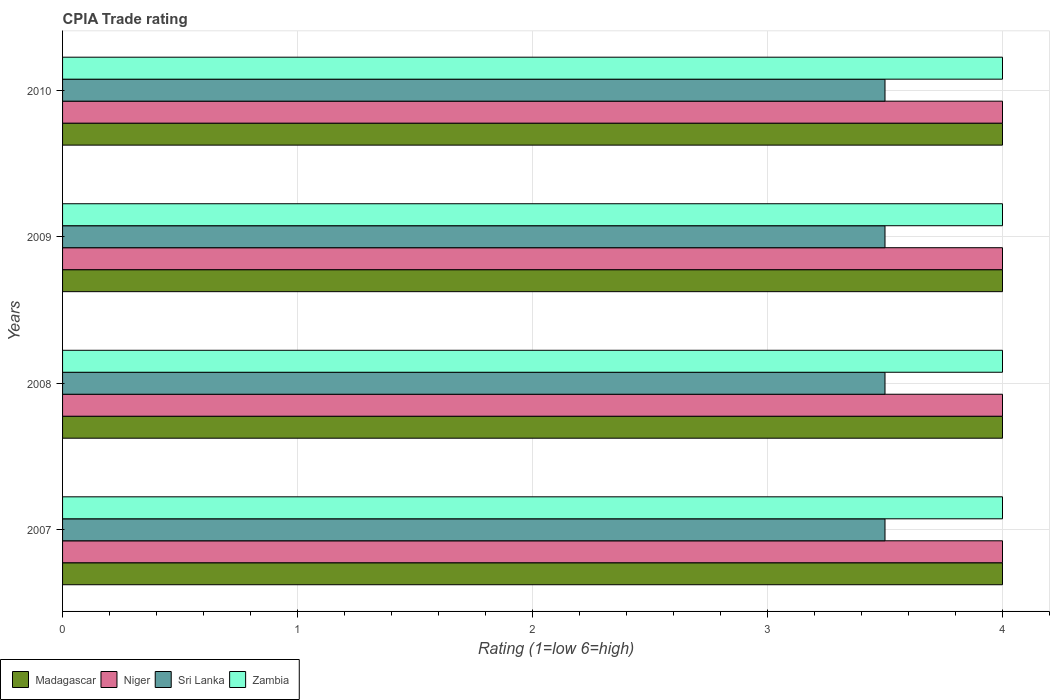
| Years | Madagascar | Niger | Sri Lanka | Zambia |
 | --- | --- | --- | --- | --- |
 | 2007 | 4 | 4 | 3.5 | 4 |
 | 2008 | 4 | 4 | 3.5 | 4 |
 | 2009 | 4 | 4 | 3.5 | 4 |
 | 2010 | 4 | 4 | 3.5 | 4 |